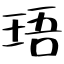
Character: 珸